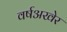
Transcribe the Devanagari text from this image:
वर्षअखेर